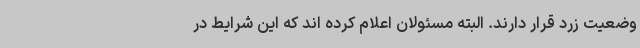
وضعیت زرد قرار دارند. البته مسئولان اعلام کرده اند که این شرایط در